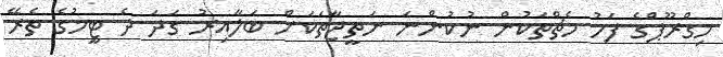
މިގްރޫޕްގެ ފަހު މެޗްތަކުން ނުކުންނަ ނަތީޖާތަކަށް ބަލާއިރު ގަދަ ދެ ޓީމުގެ ތެރޭ